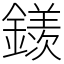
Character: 𨬢